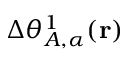
\Delta \theta _ { A , \alpha } ^ { 1 } ( \mathbf { r } )